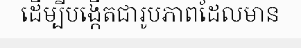
ដើម្បីបង្កើតជារូបភាពដែលមាន